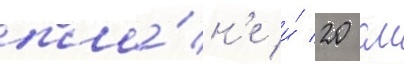
пла́н'е и́ 20 см